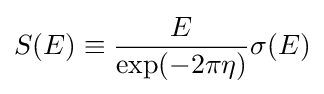
S(E)\equiv {\frac {E}{\exp(-2\pi \eta )}}\sigma (E)